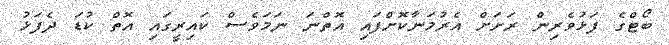
ބޯޓްގެ ފަޅުވެރިން ރަށަށް އެރުމަނާކޮށްފައި އޮތްނަ ނަމަވެސް ކައިރީގައި އޮތް ކުޑަ ދެފަޅު